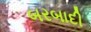
બરબાદી